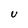
Character: U